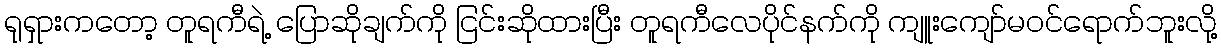
ရုရှားကတော့ တူရကီရဲ့ ပြောဆိုချက်ကို ငြင်းဆိုထားပြီး တူရကီလေပိုင်နက်ကို ကျူးကျော်မဝင်ရောက်ဘူးလို့